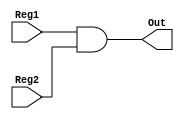
module BIT_AND (Reg1, Reg2, Out);

input [15:0] Reg1, Reg2;
output [15:0] Out;

assign Out = Reg1 & Reg2;

endmodule